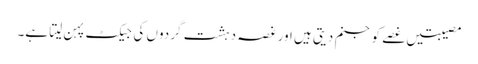
مصیبتیں غصے کو جنم دیتی ہیں اور غصہ دہشت گردوں کی جیکٹ پہن لیتا ہے۔